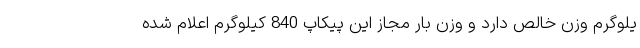
یلوگرم وزن خالص دارد و وزن بار مجاز این پیکاپ 840 کیلوگرم اعلام شده